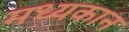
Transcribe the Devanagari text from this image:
मध्यकान